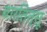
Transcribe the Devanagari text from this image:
बारतित्सू